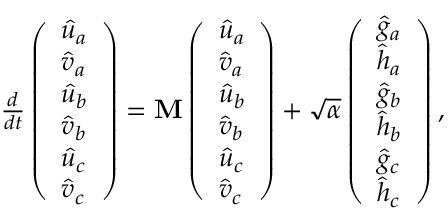
\begin{array} { r } { \frac { d } { d t } \left( \begin{array} { l } { \hat { u } _ { a } } \\ { \hat { v } _ { a } } \\ { \hat { u } _ { b } } \\ { \hat { v } _ { b } } \\ { \hat { u } _ { c } } \\ { \hat { v } _ { c } } \end{array} \right) = \mathbf { M } \left( \begin{array} { l } { \hat { u } _ { a } } \\ { \hat { v } _ { a } } \\ { \hat { u } _ { b } } \\ { \hat { v } _ { b } } \\ { \hat { u } _ { c } } \\ { \hat { v } _ { c } } \end{array} \right) + \sqrt { \alpha } \left( \begin{array} { l } { \hat { g } _ { a } } \\ { \hat { h } _ { a } } \\ { \hat { g } _ { b } } \\ { \hat { h } _ { b } } \\ { \hat { g } _ { c } } \\ { \hat { h } _ { c } } \end{array} \right) , } \end{array}